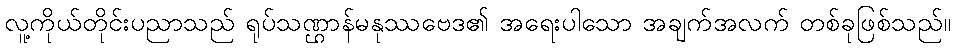
လူ့ကိုယ်တိုင်းပညာသည် ရုပ်သဏ္ဌာန်မနုဿဗေဒ၏ အရေးပါသော အချက်အလက် တစ်ခုဖြစ်သည်။